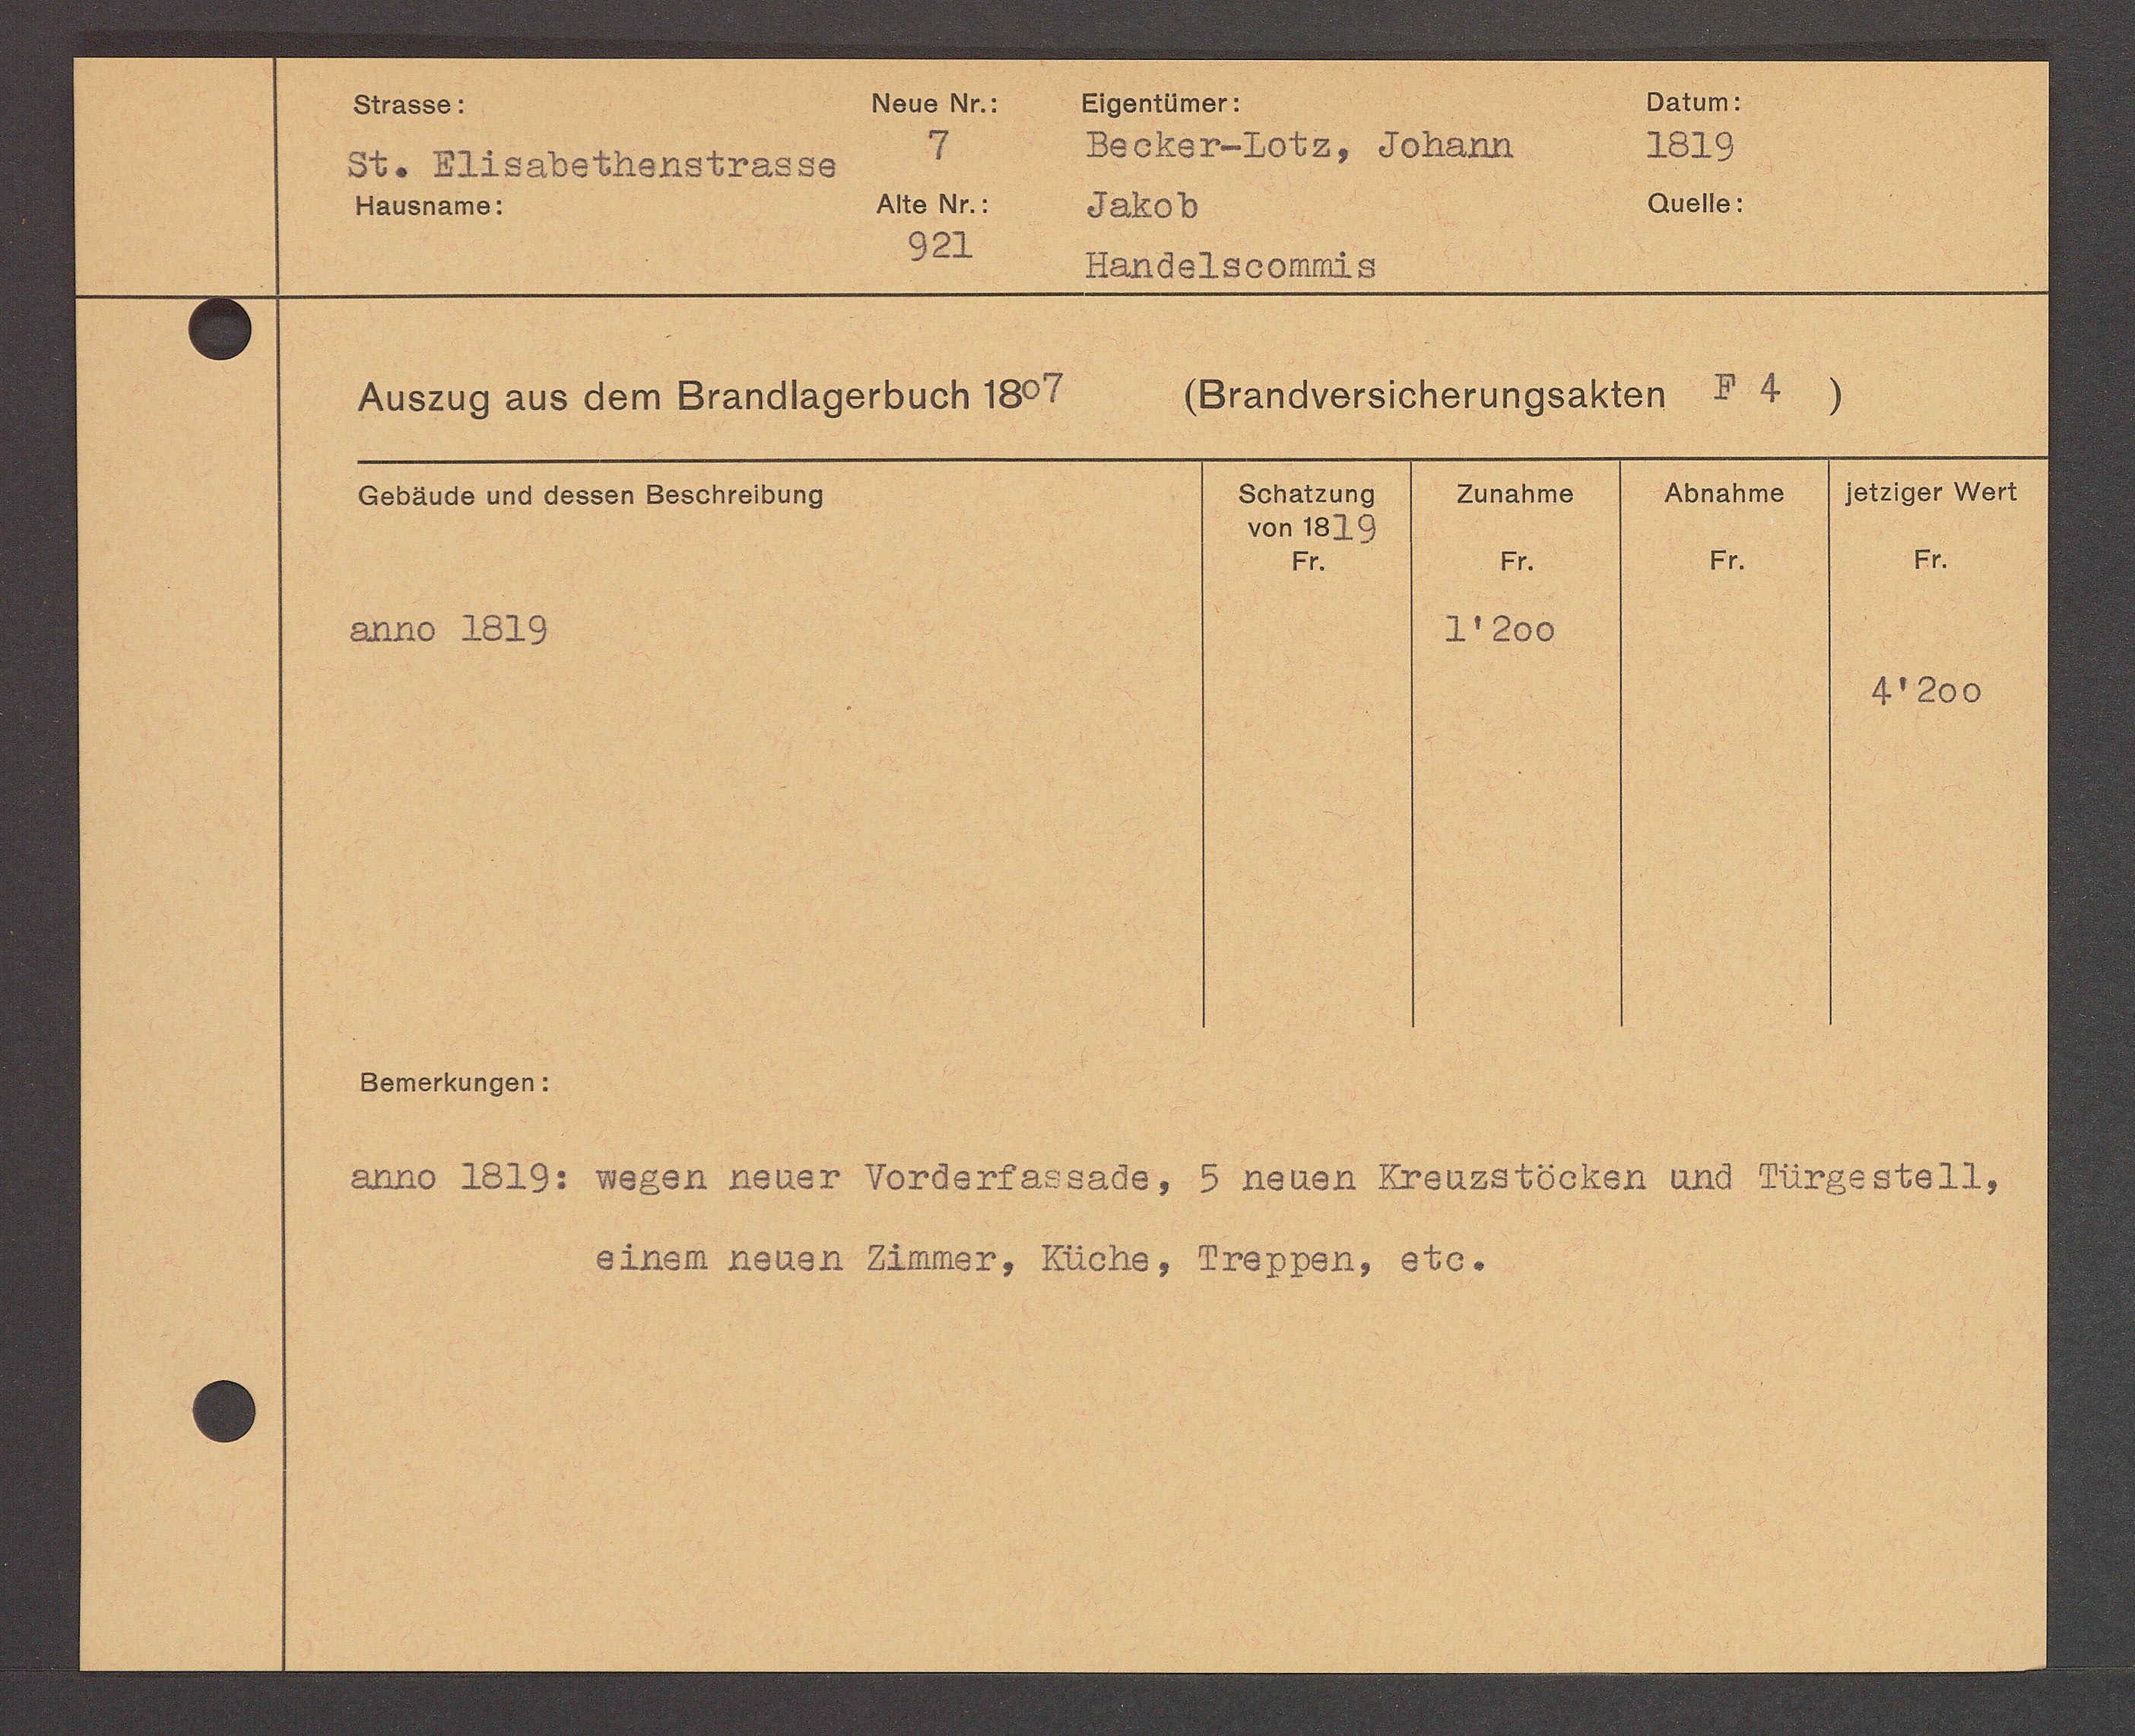
Transcript:
Eeinen neuen Zinner, Kuche, Proppen, ete¬